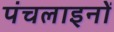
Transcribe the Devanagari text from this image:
पंचलाइनों